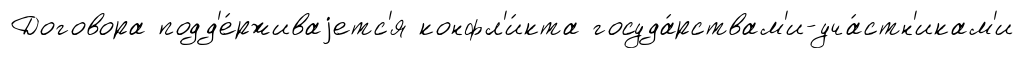
Договора подд'е́рживаjетс'я конфл'и́кта госуда́рствам'и-уча́стн'икам'и